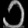
Digit: ၁